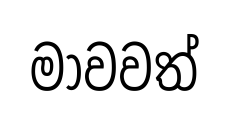
මාවවත්